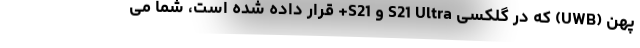
پهن (UWB) که در گلکسی S21 Ultra و S21+ قرار داده شده است، شما می‌